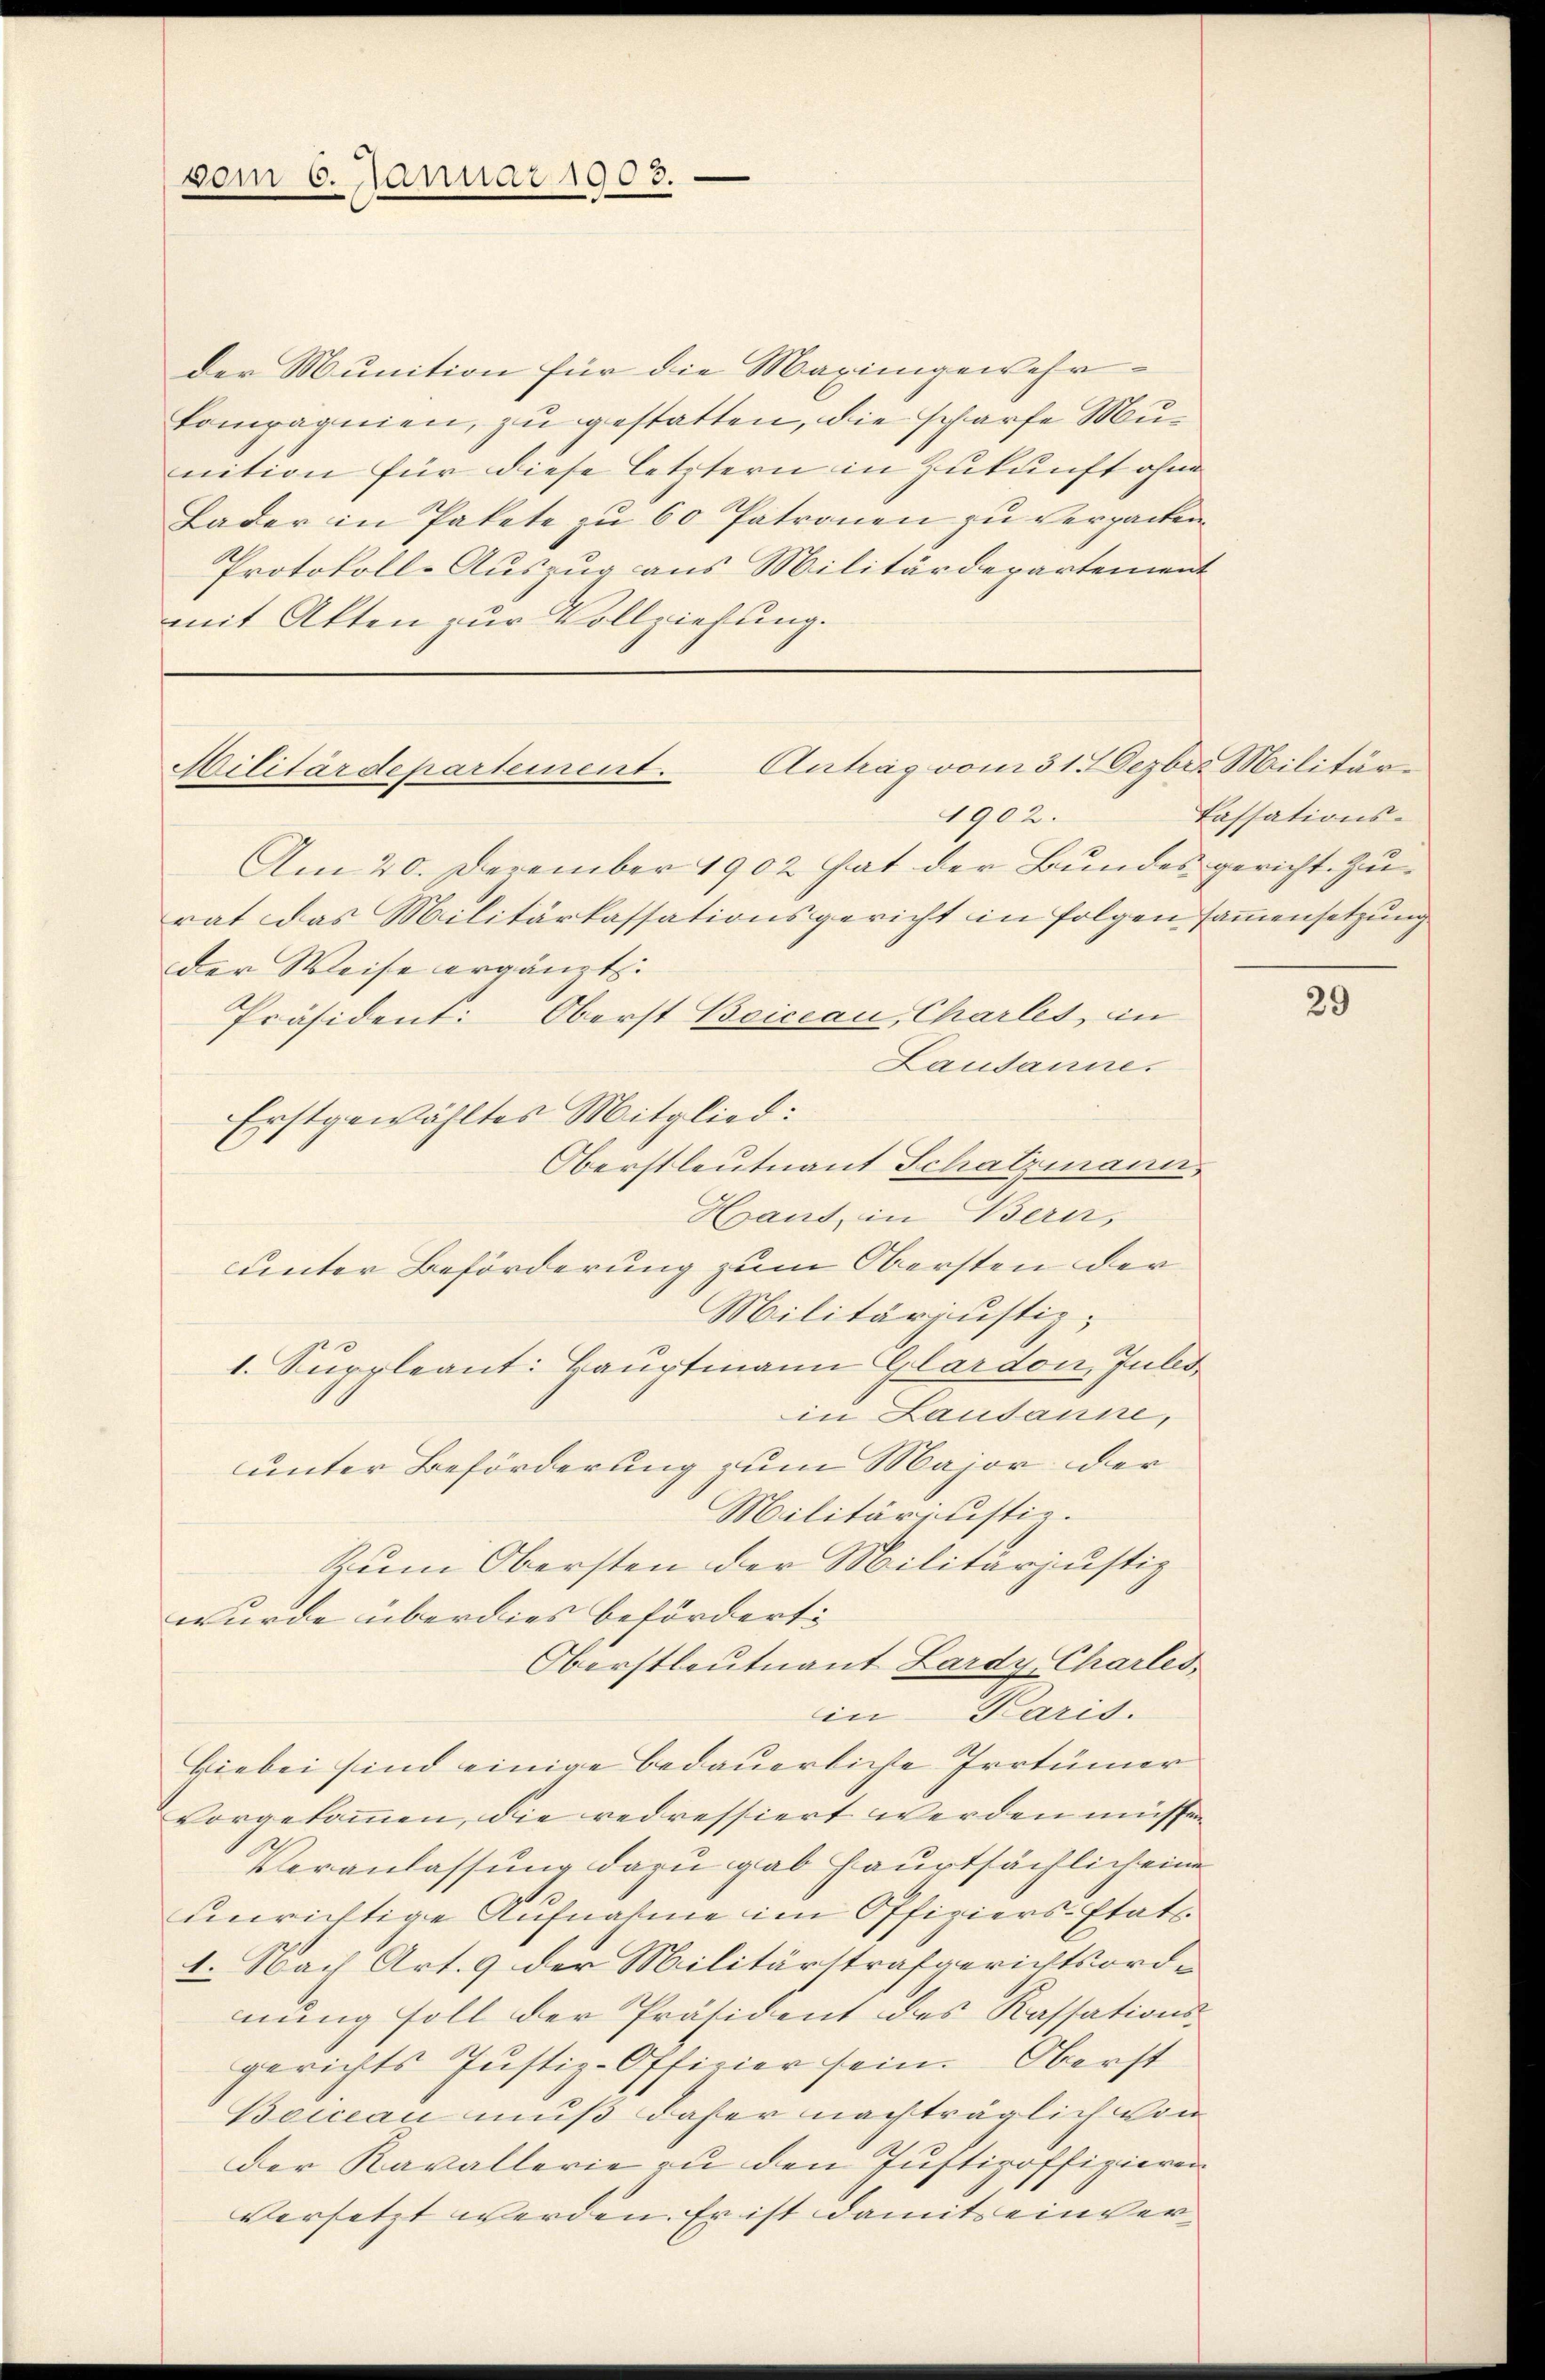
vom 6. Januar 1903.

der Munition für die Maximgewehrkompagnien, zu gestatten, die scharfe Munition für diese letztern in Zukunft ohne
Lader in Pakete zu 60 Patronen zu verpacken.
Protokoll-Auszug aus Militärdepartement
mit Akten zur Vollziehung.

Militärdepartement. Antrag vom 31. Dezbr. Militär¬
1902.

Am 20. Dezember 1902 hat der Bundes gericht. Zurat das Militärkassationsgericht in folgen sammensetzung.
der Weise ergänzt.
Präsident: Oberst Beiceau, Chartet, in
Lausanne.
Erstgewähltes Mitglied:
Oberstleutnant Schatzmann
Haus, in Bern,
unter Beförderung zum Obersten der
Militärjustiz-
1. Suppleant: Hauptmann Glardon, Julii
in Lausanne,
unter Beförderung zum Major der
Militäriustiz.
Zum Obersten der Militarjustiz
wurde überdies befördert:
Oberstleutnant Lardy Charles
in Paris.
Hiebei sind einige bedauerliche Irrtümer
vorgekommen, die redressiert werden müssen
Veranlassung dazu gab hauptsächlich eine
unrichtige Aufnahme im Offiziers-Etats
1. Nach Art. 9 der Militärstrafgerichtsorde
nung soll der Präsident des Kassationsgerichts Justiz-Officier sein. Oberst
Boicean muß daher nachträglich von
der Kavallerie zu den Justizoffizieren
versetzt werden. Er ist damit einver¬

Cassations-

29